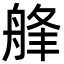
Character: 艂